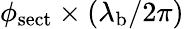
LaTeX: \phi_{\mathrm{sect}}\times(\lambda_{\mathrm{b}}/2\pi)